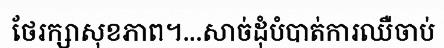
ថែរក្សាសុខភាព។...សាច់ដុំបំបាត់ការឈឺចាប់